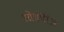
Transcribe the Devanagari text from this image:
ओसोरिज़